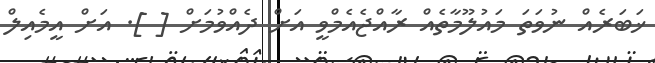
ޚަބަރެއް ނުވަތަ މައުލޫމާތެއް ރާއްޖެއެމްވީ އަށް ދެއްވުމަށް [ ]. އަށް އީމެއިލް